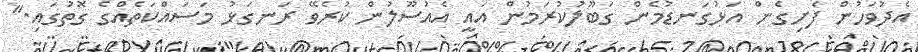
އެދުވަހުން ފެށިގެން އަޅުގަނޑުމެން ގަބޫލުކުރަމުން އައީ އެއުސޫލުން ކުރެވޭ ރަނގަޅު މަސައްކަތެއްގެ ގޮތުގައި."